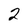
Character: 2